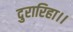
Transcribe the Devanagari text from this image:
दुरारिहा।।